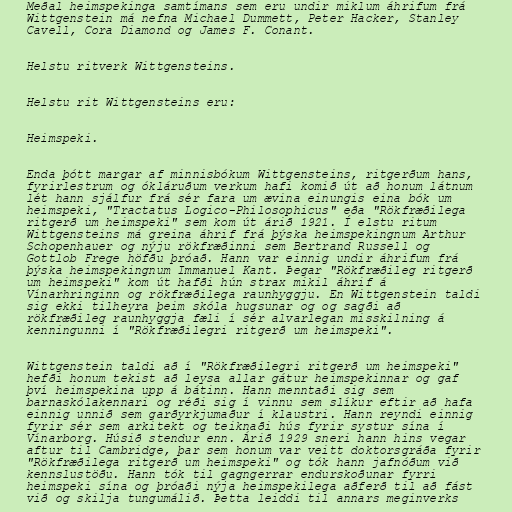
Meðal heimspekinga samtímans sem eru undir miklum áhrifum frá
Wittgenstein má nefna Michael Dummett, Peter Hacker, Stanley
Cavell, Cora Diamond og James F. Conant.

Helstu ritverk Wittgensteins.

Helstu rit Wittgensteins eru:

Heimspeki.

Enda þótt margar af minnisbókum Wittgensteins, ritgerðum hans,
fyrirlestrum og ókláruðum verkum hafi komið út að honum látnum
lét hann sjálfur frá sér fara um ævina einungis eina bók um
heimspeki, "Tractatus Logico-Philosophicus" eða "Rökfræðilega
ritgerð um heimspeki" sem kom út árið 1921. Í elstu ritum
Wittgensteins má greina áhrif frá þýska heimspekingnum Arthur
Schopenhauer og nýju rökfræðinni sem Bertrand Russell og
Gottlob Frege höfðu þróað. Hann var einnig undir áhrifum frá
þýska heimspekingnum Immanuel Kant. Þegar "Rökfræðileg ritgerð
um heimspeki" kom út hafði hún strax mikil áhrif á
Vínarhringinn og rökfræðilega raunhyggju. En Wittgenstein taldi
sig ekki tilheyra þeim skóla hugsunar og og sagði að
rökfræðileg raunhyggja fæli í sér alvarlegan misskilning á
kenningunni í "Rökfræðilegri ritgerð um heimspeki".

Wittgenstein taldi að í "Rökfræðilegri ritgerð um heimspeki"
hefði honum tekist að leysa allar gátur heimspekinnar og gaf
því heimspekina upp á bátinn. Hann menntaði sig sem
barnaskólakennari og réði sig í vinnu sem slíkur eftir að hafa
einnig unnið sem garðyrkjumaður í klaustri. Hann reyndi einnig
fyrir sér sem arkitekt og teiknaði hús fyrir systur sína í
Vínarborg. Húsið stendur enn. Árið 1929 sneri hann hins vegar
aftur til Cambridge, þar sem honum var veitt doktorsgráða fyrir
"Rökfræðilega ritgerð um heimspeki" og tók hann jafnóðum við
kennslustöðu. Hann tók til gagngerrar endurskoðunar fyrri
heimspeki sína og þróaði nýja heimspekilega aðferð til að fást
við og skilja tungumálið. Þetta leiddi til annars meginverks